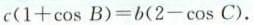
$$c(1+\cos B)=b(2-\cos C)$$.